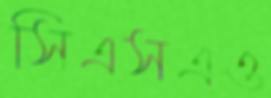
সিএসএও